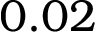
0 . 0 2